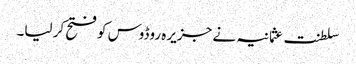
سلطنت عثمانیہ نے جزیرہ روڈوس کو فتح کر لیا۔